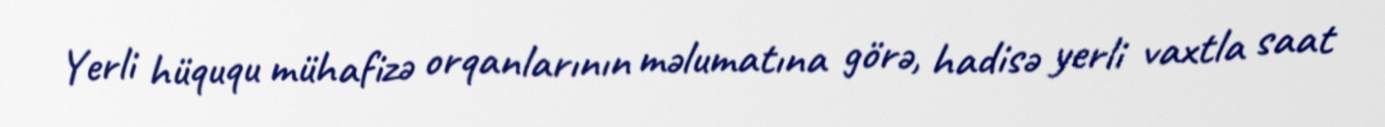
Yerli hüququ mühafizə orqanlarının məlumatına görə, hadisə yerli vaxtla saat